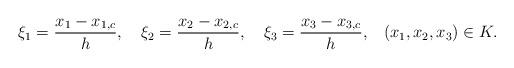
LaTeX: \begin{align*} \xi_1=\frac{x_1-x_{1,c}}{h},\quad\xi_2=\frac{x_2-x_{2,c}}{h},\quad\xi_3=\frac{x_3-x_{3,c}}{h},\;\; \; (x_1,x_2,x_3)\in K.\end{align*}